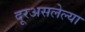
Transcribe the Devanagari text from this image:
दूरअसलेल्या